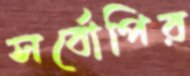
সর্বোপির